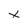
Character: x